65_HS1-834228961_62-HQ-83894_Serial_164
Agency: FBI
Page 2
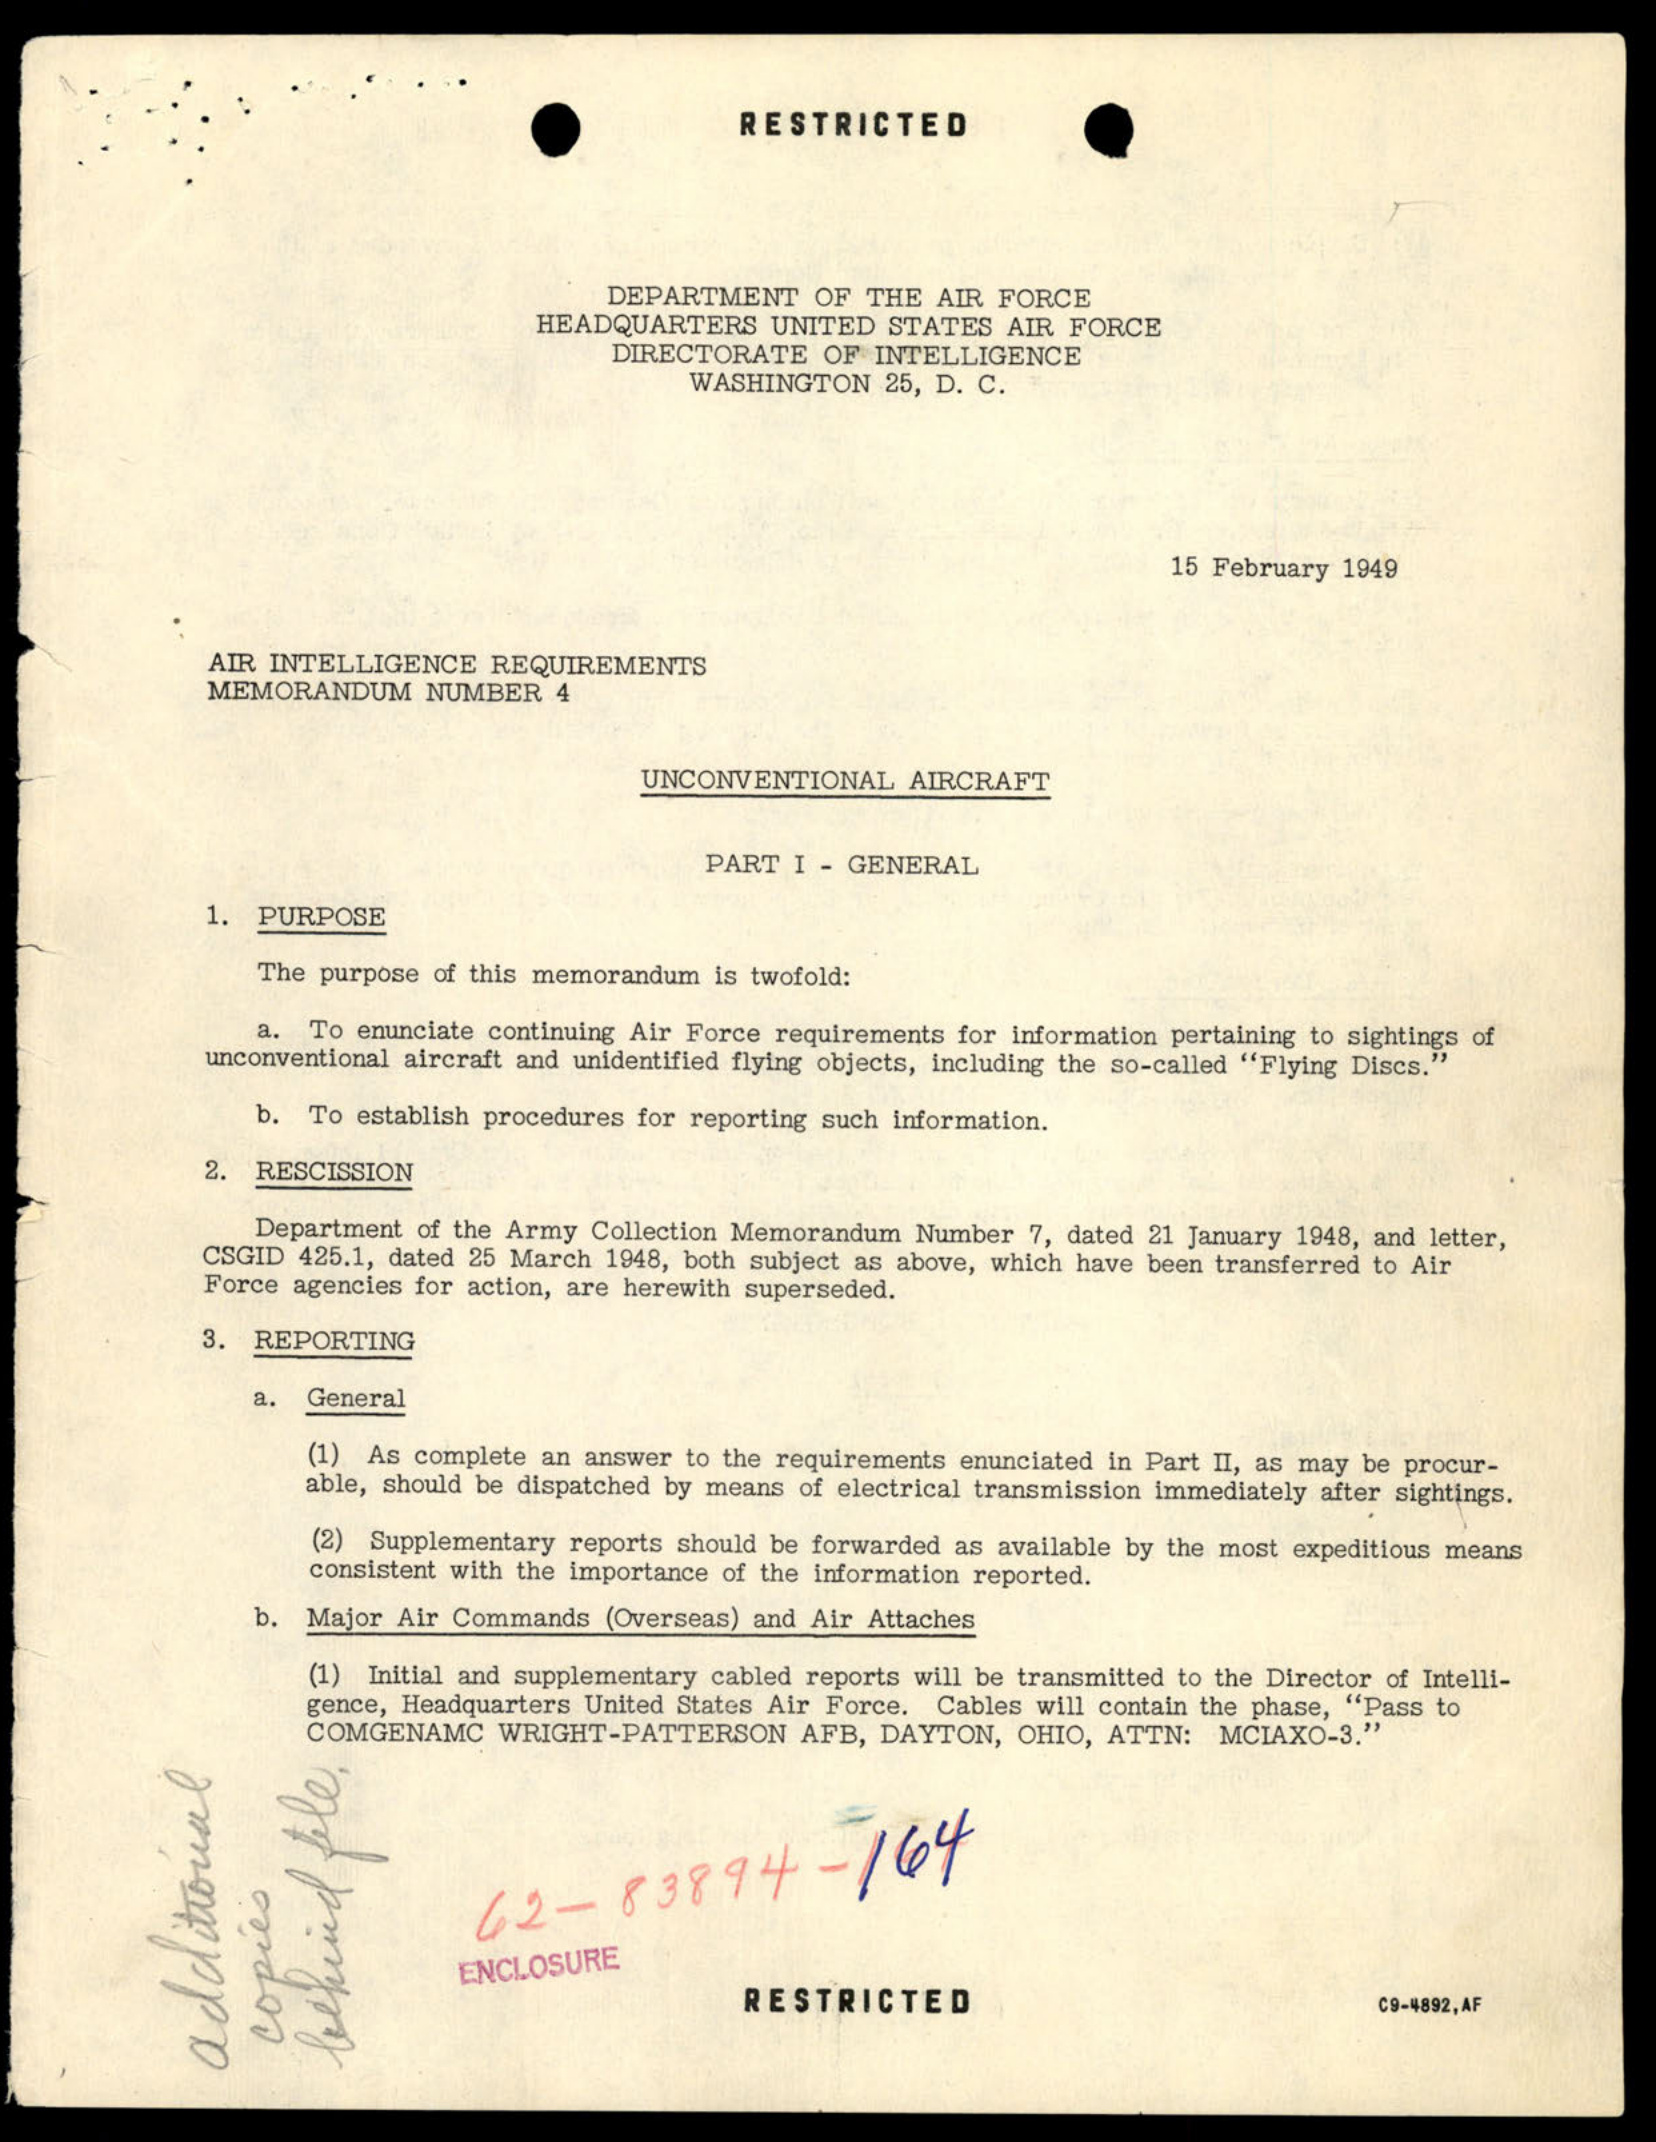